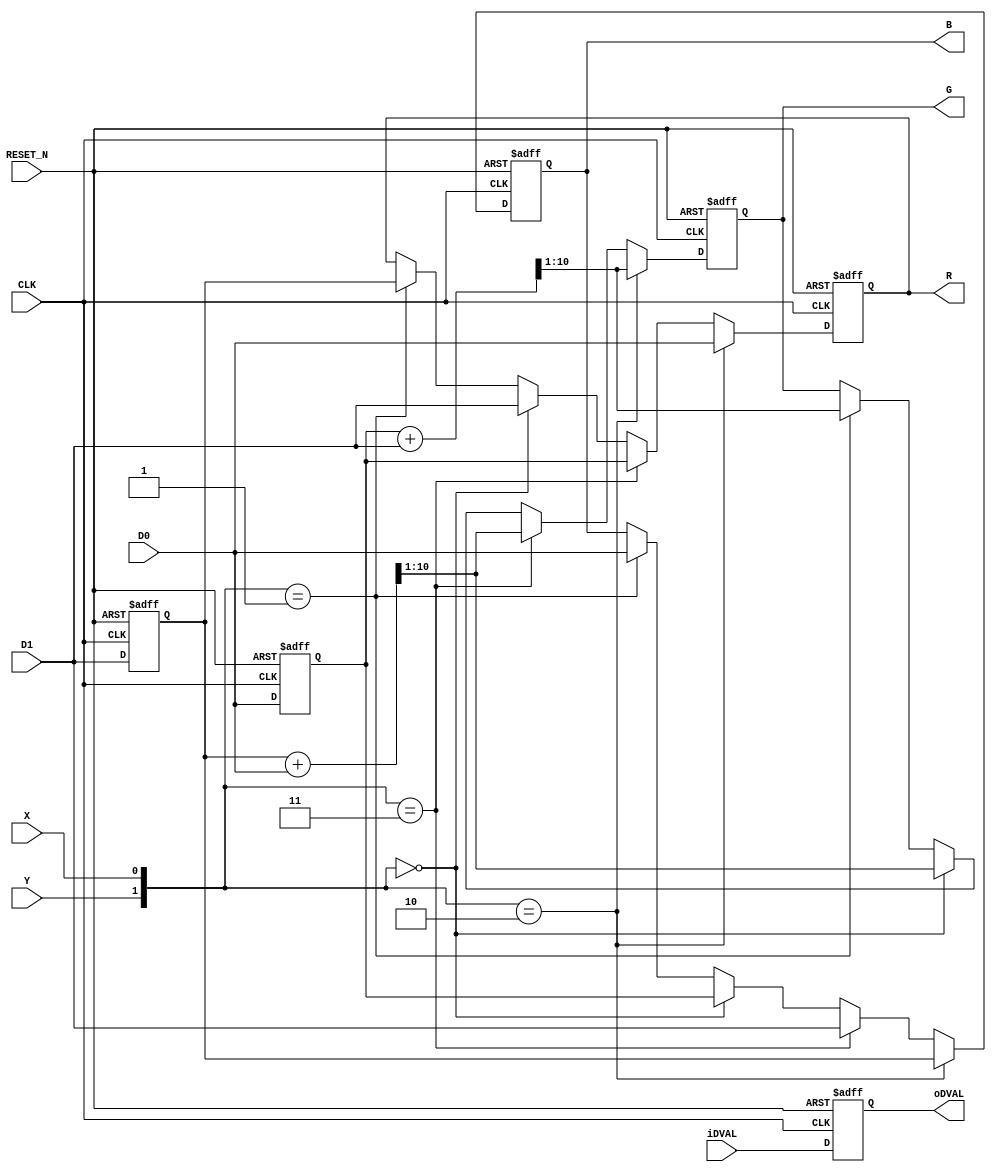



module RAW_RGB_BIN  (
input CLK , 
input RESET_N , 
input [9:0] D0,
input [9:0] D1,
input X,
input Y,
input iDVAL,

output 					oDVAL,
output reg		[9:0]	R,
output reg		[9:0]	G, 
output reg		[9:0]	B
);

reg  [9:0]	rD0;
reg  [9:0]	rD1;
(* noprune *) reg  	    mDVAL;

wire [10:0] T1,T2 ; 
assign T1 = rD0+D1;
assign T2 = rD1+D0;
assign oDVAL = mDVAL;

always@(posedge CLK or negedge RESET_N)
begin
	if( !RESET_N )
	begin
		R	<=	0;
		G	<=	0;
		B	<=	0;
		rD0<=	0;
		rD1<=	0;
		mDVAL	<=	0;
	end
	else
	begin
		rD0	<=	D0;
		rD1	<=	D1;
		mDVAL		<=	iDVAL;
		if({Y ,X }     == 2'b10)
		begin
			R	<=	 D0;
			G	<=  T1[10:1];
			B	<=	 rD1;
		end	
		else if({Y ,X }== 2'b11)
		begin
			R	<=	rD0;
			G	<=  T2[10:1];
			B	<=	D1;
		end
		else if({Y ,X }== 2'b00)
		begin
			R	<=	D1;
			G	<=  T2[10:1];
			B	<=	rD0;
		end
		else if({Y ,X }== 2'b01)
		begin
			R	<=	rD1;
			G	<=  T1[10:1];
			B	<=	D0;
		end
	end
end


endmodule